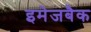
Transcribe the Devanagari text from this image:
इमेजबैक